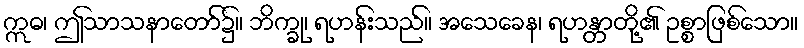
ဣဓ၊ ဤသာသနာတော်၌။ ဘိက္ခု၊ ရဟန်းသည်။ အသေခေန၊ ရဟန္တာတို့၏ ဥစ္စာဖြစ်သော။